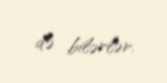
də bilərlər.